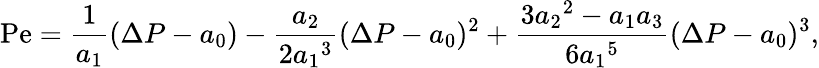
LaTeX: \mathrm{Pe}=\frac{1}{a_{1}}(\Delta P-a_{0})-\frac{a_{2}}{2{a_{1}}^{3}}(\Delta P-a_{0})^{2}+\frac{3{a_{2}}^{2}-a_{1}a_{3}}{6{a_{1}}^{5}}(\Delta P-a_{0})^{3},